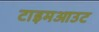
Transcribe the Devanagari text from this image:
टाइमआउट